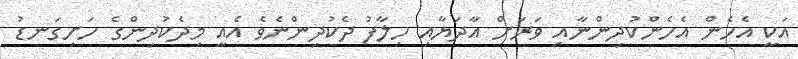
އަކީ އެހެން އެހެންކުދިންނާއި ވަރަށް އާދަޔާއި ހިލާފު ދެކުދިންނެވެ އެއީ މިދެކުދިންގެ ހަށިގަނޑު